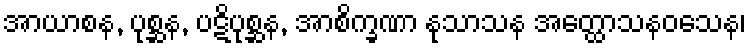
အာယာစန, ပုစ္ဆန, ပဋိပုစ္ဆန, အာစိက္ခဏာ နုသာသန အတ္ထောသနဝသေန၊